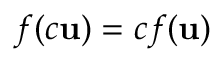
f ( c \mathbf { u } ) = c f ( \mathbf { u } )